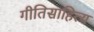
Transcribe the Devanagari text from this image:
गीतिसाहित्य